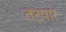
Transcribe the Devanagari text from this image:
तटपार